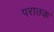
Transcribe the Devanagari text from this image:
परातक